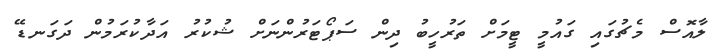
ލާއޮސް މެޗުގައި ގައުމީ ޓީމަށް ތަރުހީބު ދިން ސަޕޯޓަރުންނަށް ޝުކުރު އަދާކުރަމުން ދަގަނޑޭ